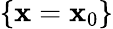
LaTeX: \{ \mathbf{x}=\mathbf{x}_{0}\}